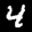
Label: 4